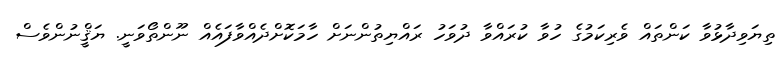
ތިޔަވިދާޅުވާ ކަންތައް ވެރިކަމުގެ ހުވާ ކުރައްވާ ދުވަހު ރައްޔިތުންނަށް ހާމަކޮށްދެއްވާފައެއް ނޫންތޯވަނީ. ޔަޤީްނުންވެސް